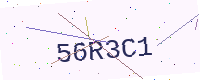
Text: 56R3C1